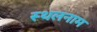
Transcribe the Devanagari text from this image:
स्थलनाम